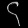
Digit: ၄